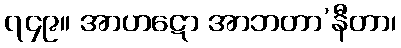
၇၄၉။ အာဟဋော အာဘတာ’နီတာ၊